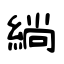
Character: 緔